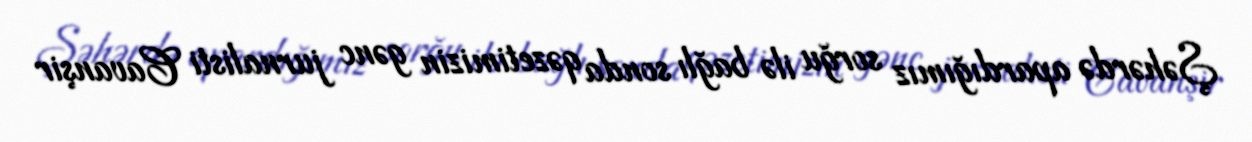
Şəhərdə apardığımız sorğu ilə bağlı sonda qəzetimizin gənc jurnalisti Cavanşir